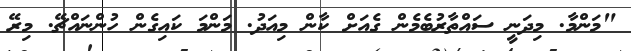
"މަންމާ. މިދަނީ ސައްތާރުބެމެން ގެއަށް ކާން މިއަދު. މަންމަ ކައިގެން ހުންނައްޗޭ. މިރޭ